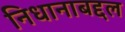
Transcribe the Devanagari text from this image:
निधानाबद्दल